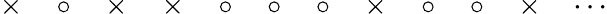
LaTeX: \times\quad\circ\quad\times\quad\times\quad\circ\quad\circ\quad\circ\quad\times\quad\circ\quad\circ\quad\times\quad\cdots